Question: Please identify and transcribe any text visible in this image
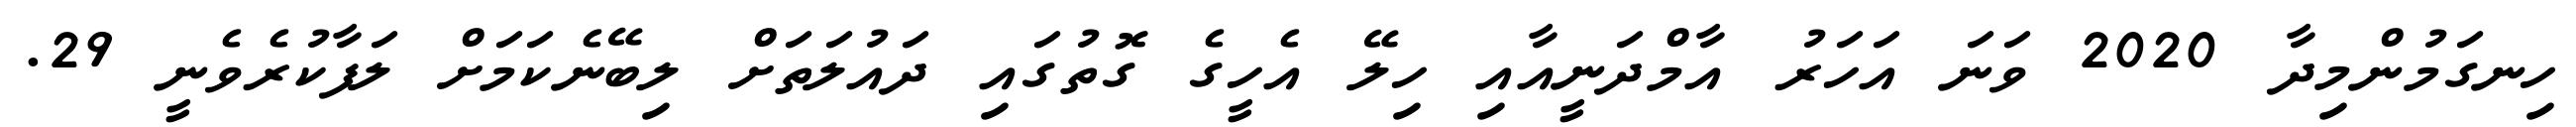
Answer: ހިނގަމުންމިދާ 2020 ވަނަ އަހަރު އާމްދަނީއާއި ހިލޭ އެހީގެ ގޮތުގައި ދައުލަތަށް ލިބޭނެކަމަށް ލަފާކުރެވެނީ 29.